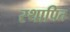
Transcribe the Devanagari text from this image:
स्थापित